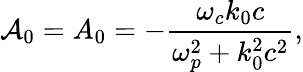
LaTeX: {\cal A}_{0}=A_{0}=-{\frac{\omega_{c}k_{0}c}{\omega_{p}^{2}+k_{0}^{2}c^{2}}},